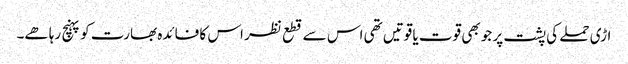
اڑی حملے کی پشت پر جو بھی قوت یا قوتیں تھی اس سے قطع نظر اس کا فائدہ بھارت کو پہنچ رہا ھے۔